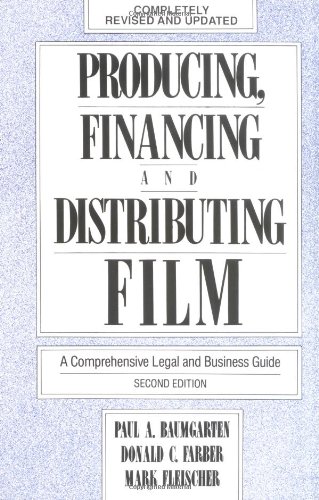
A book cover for Producing, Financing, and Distributing Film: A Comprehensive Legal and Business Guide; Donald C. Farber; Humor & Entertainment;